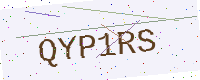
Text: QYP1RS